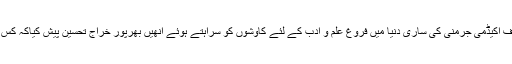
اِس ضمن میں انھوں نے خاص طور پر شفیق مراد،چیف ایگزیکٹو شریف اکیڈمی جرمنی کی ساری دنیا میں فروغِ علم و ادب کے لئے کاوشوں کو سراہتے ہوئے انھیں بھرپور خراجِ تحسین پیش کیاکہ کس طرح وہ اپنے تن، من، دھن سے ادب کی آبیاری میں سرگرمِ عمل ہیں۔